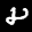
Label: 8